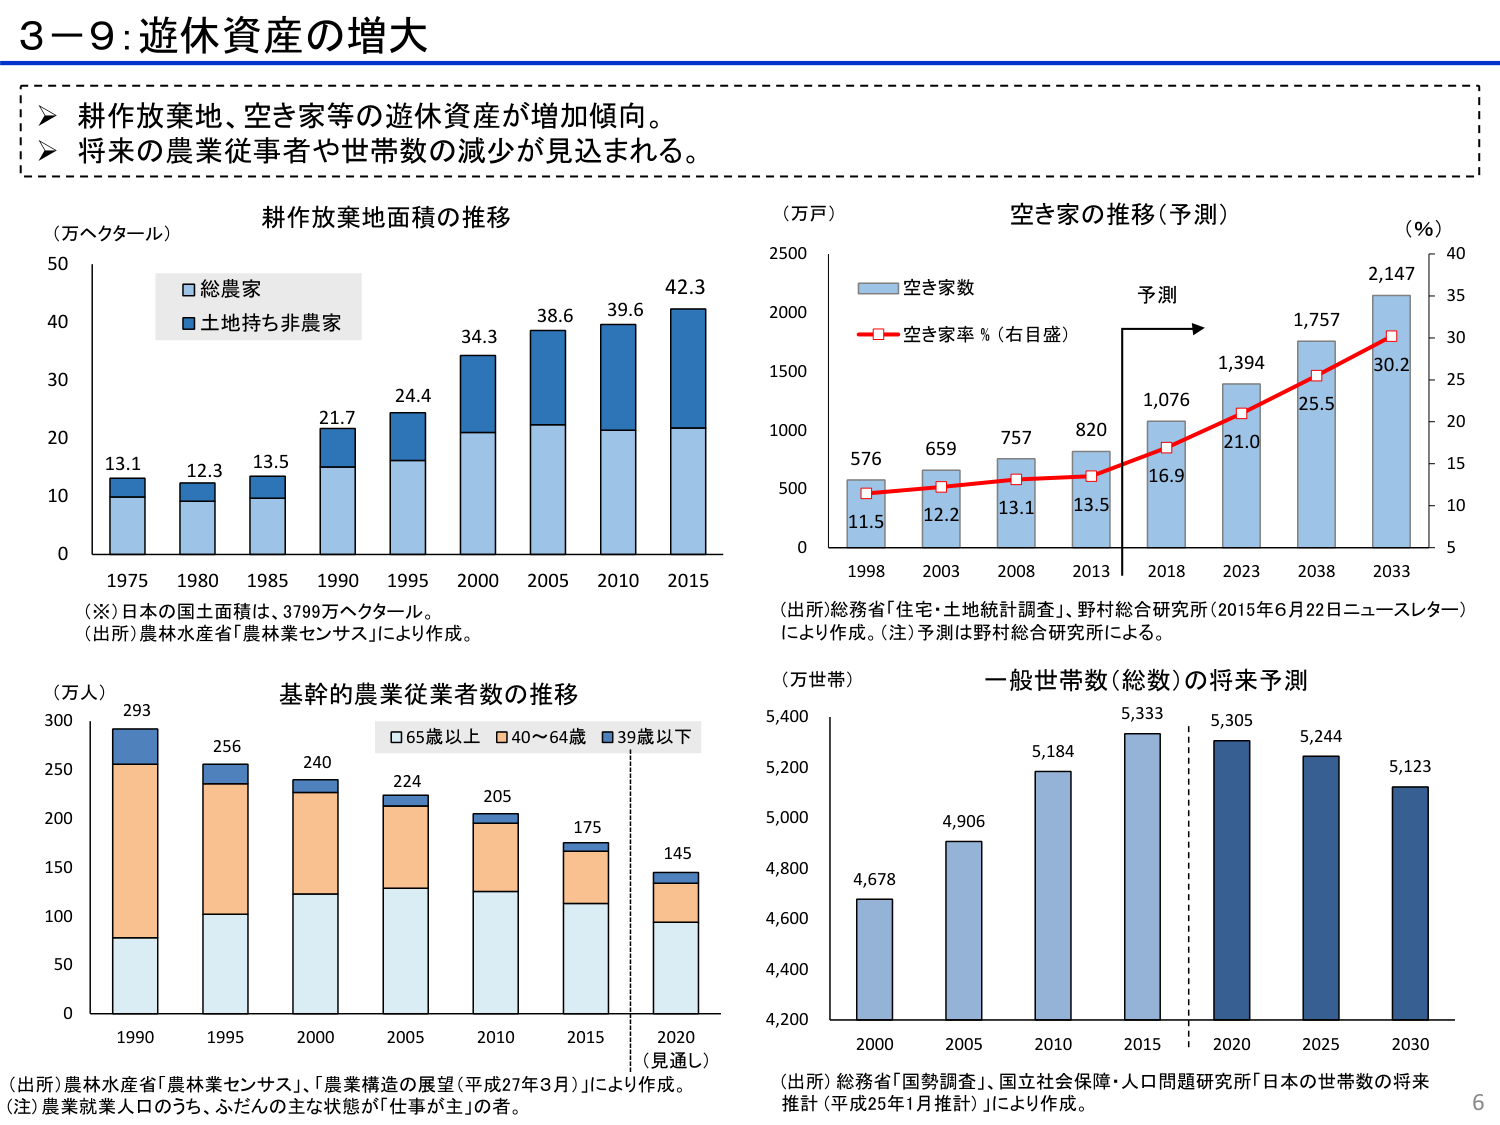
3－9：遊休資産の増大

➤ 耕作放棄地、空き家等の遊休資産が増加傾向。
➤ 将来の農業従事者や世帯数の減少が見込まれる。

耕作放棄地面積の推移
（万ヘクタール）
□ 総農家
■ 土地持ち非農家
13.1
12.3
13.5
21.7
24.4
34.3
38.6
39.6
42.3
1975 1980 1985 1990 1995 2000 2005 2010 2015
（※）日本の国土面積は、3799万ヘクタール。
（出所）農林水産省「農林業センサス」により作成。

空き家の推移（予測）
（万戸）
（％）
■ 空き家数
□ 空き家率％（右目盛）
予測
576
659
757
820
1,076
1,394
1,757
2,147
11.5
12.2
13.1
13.5
16.9
21.0
25.5
30.2
1998 2003 2008 2013 2018 2023 2038 2033
（出所）総務省「住宅・土地統計調査」、野村総合研究所（2015年6月22日ニュースレター）により作成。（注）予測は野村総合研究所による。

基幹的農業従事者数の推移
（万人）
□ 65歳以上 ■ 40～64歳 ■ 39歳以下
293
256
240
224
205
175
145
1990 1995 2000 2005 2010 2015 2020
（見通し）
（出所）農林水産省「農林業センサス」、「農業構造の展望（平成27年3月）」により作成。
（注）農業就業人口のうち、ふだんの主な状態が「仕事が主」の者。

一般世帯数（総数）の将来予測
（万世帯）
4,678
4,906
5,184
5,333
5,305
5,244
5,123
2000 2005 2010 2015 2020 2025 2030
（出所）総務省「国勢調査」、国立社会保障・人口問題研究所「日本の世帯数の将来推計（平成25年1月推計）」により作成。

6